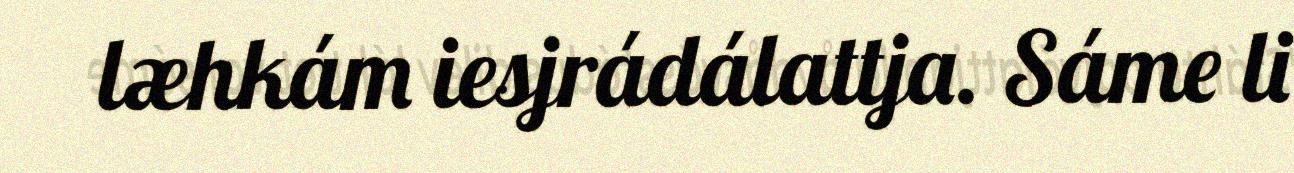
læhkám iesjrádálattja. Sáme li